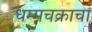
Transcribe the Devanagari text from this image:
धम्मचक्राचा